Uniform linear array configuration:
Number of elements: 4
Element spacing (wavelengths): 0.75
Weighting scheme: cosine
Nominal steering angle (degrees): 60
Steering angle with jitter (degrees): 59.831
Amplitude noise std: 0.05
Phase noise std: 0.05

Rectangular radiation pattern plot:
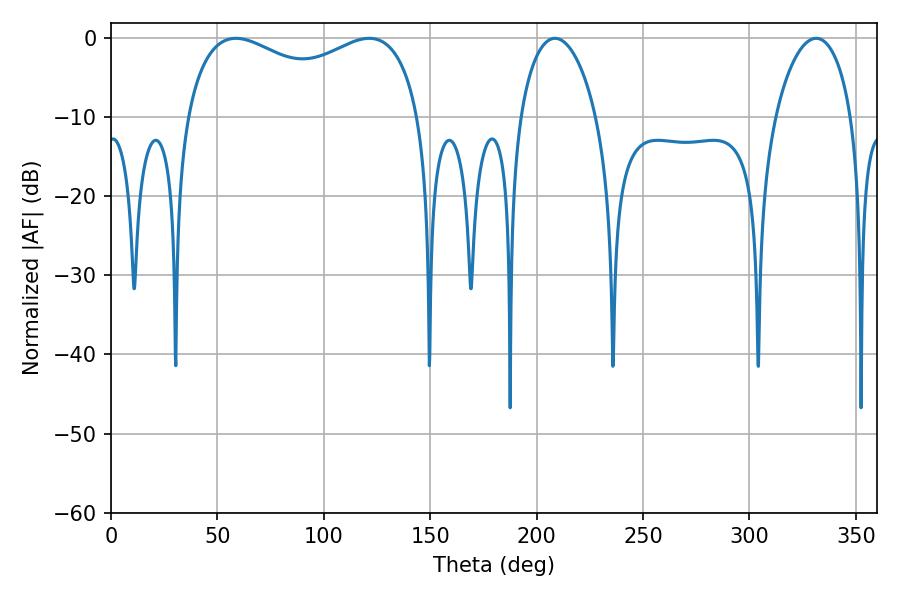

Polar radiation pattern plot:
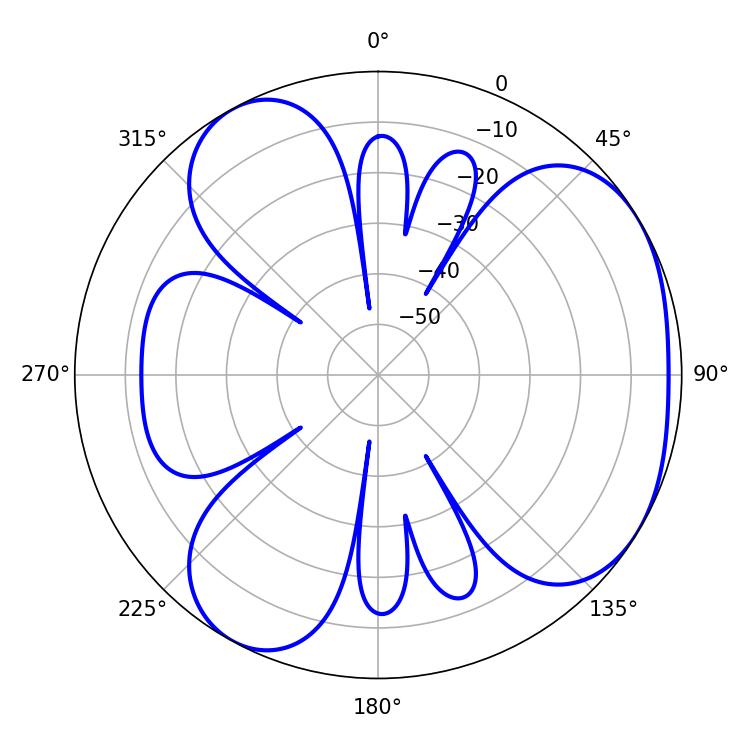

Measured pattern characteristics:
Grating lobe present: TRUE
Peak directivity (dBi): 4.223
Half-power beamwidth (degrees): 91.44
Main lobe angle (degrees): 58.68